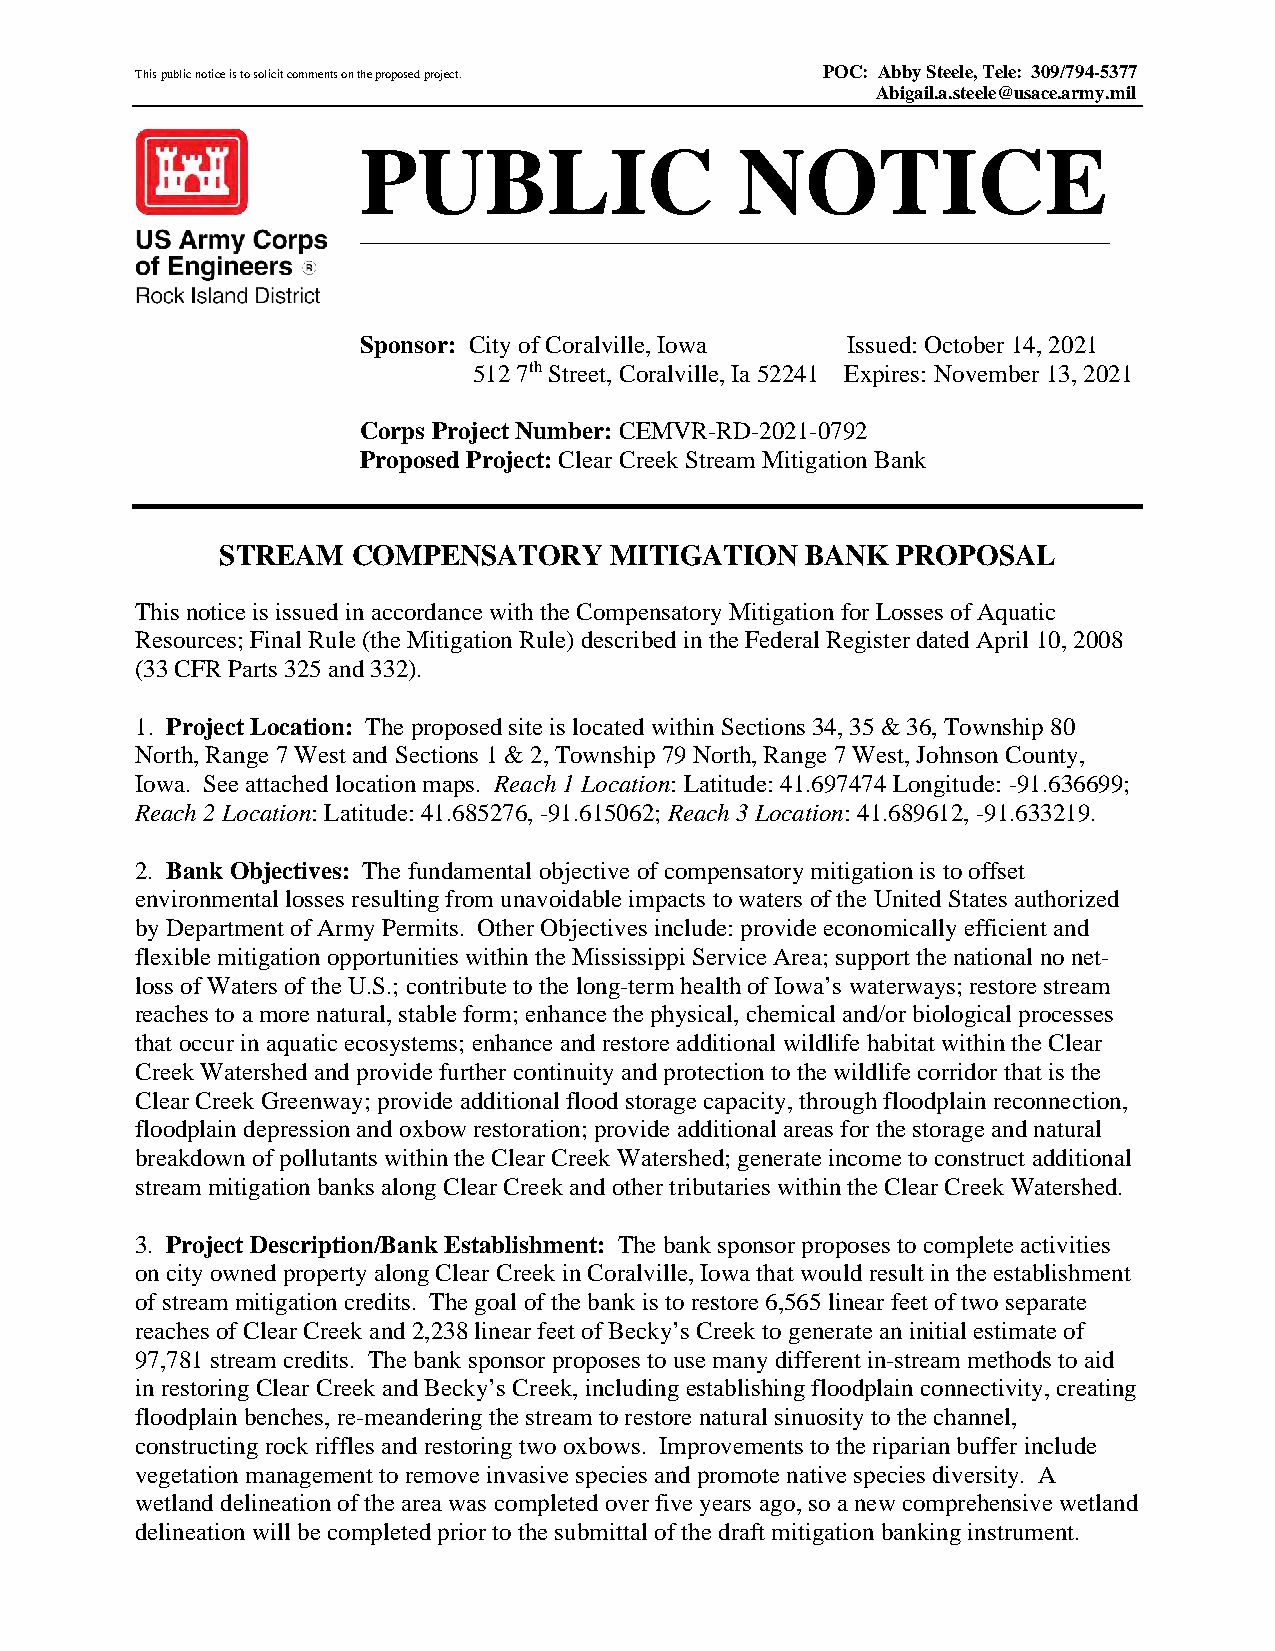
This public notice is to solicit comments on the proposed project. POC: Abby Steele, Tele: 309/794-5377
 Abigail.a.steele@usace.army.mil
 m
 PUBLIC                   NOTICE
 US Army Corps
 of Engineers ®
 Rock Island District
 Sponsor: City of Coralville, Iowa Issued: October 14, 2021
 512 7th Street, Coralville, Ia 52241 Expires: November 13, 2021
 Corps Project Number: CEMVR-RD-2021-0792
 Proposed Project: Clear Creek Stream Mitigation Bank
 STREAM  COMPENSATORY     MITIGATION   BANK  PROPOSAL
 This notice is issued in accordance with the Compensatory Mitigation for Losses of Aquatic
 Resources; Final Rule (the Mitigation Rule) described in the Federal Register dated April 10, 2008
 (33 CFR Parts 325 and 332).
 1. Project Location: The proposed site is located within Sections 34, 35 & 36, Township 80
 North, Range 7 West and Sections 1 & 2, Township 79 North, Range 7 West, Johnson County,
 Iowa. See attached location maps. Reach 1 Location: Latitude: 41.697474 Longitude: -91.636699;
 Reach 2 Location: Latitude: 41.685276, -91.615062; Reach 3 Location: 41.689612, -91.633219.
 2. Bank Objectives: The fundamental objective of compensatory mitigation is to offset
 environmental losses resulting from unavoidable impacts to waters of the United States authorized
 by Department of Army Permits. Other Objectives include: provide economically efficient and
 flexible mitigation opportunities within the Mississippi Service Area; support the national no net-
 loss of Waters of the U.S.; contribute to the long-term health of Iowa’s waterways; restore stream
 reaches to a more natural, stable form; enhance the physical, chemical and/or biological processes
 that occur in aquatic ecosystems; enhance and restore additional wildlife habitat within the Clear
 Creek Watershed and provide further continuity and protection to the wildlife corridor that is the
 Clear Creek Greenway; provide additional flood storage capacity, through floodplain reconnection,
 floodplain depression and oxbow restoration; provide additional areas for the storage and natural
 breakdown of pollutants within the Clear Creek Watershed; generate income to construct additional
 stream mitigation banks along Clear Creek and other tributaries within the Clear Creek Watershed.
 3. Project Description/Bank Establishment: The bank sponsor proposes to complete activities
 on city owned property along Clear Creek in Coralville, Iowa that would result in the establishment
 of stream mitigation credits. The goal of the bank is to restore 6,565 linear feet of two separate
 reaches of Clear Creek and 2,238 linear feet of Becky’s Creek to generate an initial estimate of
 97,781 stream credits. The bank sponsor proposes to use many different in-stream methods to aid
 in restoring Clear Creek and Becky’s Creek, including establishing floodplain connectivity, creating
 floodplain benches, re-meandering the stream to restore natural sinuosity to the channel,
 constructing rock riffles and restoring two oxbows. Improvements to the riparian buffer include
 vegetation management to remove invasive species and promote native species diversity. A
 wetland delineation of the area was completed over five years ago, so a new comprehensive wetland
 delineation will be completed prior to the submittal of the draft mitigation banking instrument.